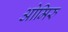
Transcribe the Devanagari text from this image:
ओमिरु